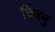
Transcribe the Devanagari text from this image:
चित्रमु